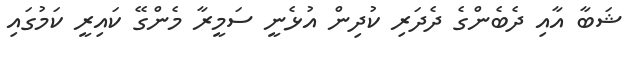
ޝަބާ އާއި ދެބެންގެ ދެދަރި ކުދިން އުޅެނީ ސަމީރާ މެންގޭ ކައިރީ ކަމުގައި